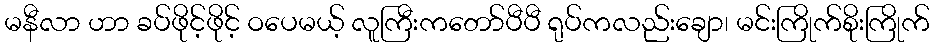
မနီလာ ဟာ ခပ်ဖိုင့်ဖိုင့် ဝပေမယ့် လူကြီးကတော်ပီပီ ရုပ်ကလည်းချော၊ မင်းကြိုက်စိုးကြိုက်